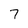
Character: 7